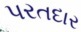
પરતદાર